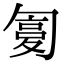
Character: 𠣸